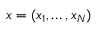
x = ( x _ { 1 } , \ldots , x _ { N } )